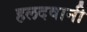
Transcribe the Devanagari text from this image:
हलदवानी